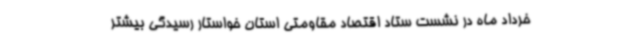
خرداد ماه در نشست ستاد اقتصاد مقاومتی استان خواستار رسیدگی بیشتر